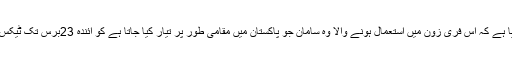
اس بات پر بھی اتفاق کیا گیا ہے کہ اس فری زون میں استعمال ہونے والا وہ سامان جو پاکستان میں مقامی طور پر تیار کیا جاتا ہے کو آئندہ 23برس تک ٹیکس سے مستثنیٰ کیا جائے گا ۔